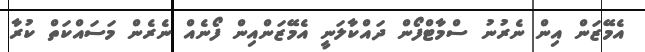
އެމޭޒަން އިން ނެރުނު ސްމާޓްފޯން ދައްކާލަނީ އެމޭޒަންއިން ފޯނެއް ނެރެން މަސައްކަތް ކުރާ